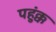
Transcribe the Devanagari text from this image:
पहुंक्क